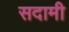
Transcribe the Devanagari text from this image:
सदामी